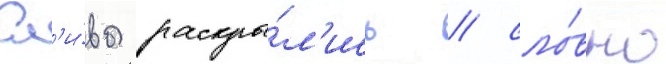
Сл'и́вы раскры́л'ись / сло́вно